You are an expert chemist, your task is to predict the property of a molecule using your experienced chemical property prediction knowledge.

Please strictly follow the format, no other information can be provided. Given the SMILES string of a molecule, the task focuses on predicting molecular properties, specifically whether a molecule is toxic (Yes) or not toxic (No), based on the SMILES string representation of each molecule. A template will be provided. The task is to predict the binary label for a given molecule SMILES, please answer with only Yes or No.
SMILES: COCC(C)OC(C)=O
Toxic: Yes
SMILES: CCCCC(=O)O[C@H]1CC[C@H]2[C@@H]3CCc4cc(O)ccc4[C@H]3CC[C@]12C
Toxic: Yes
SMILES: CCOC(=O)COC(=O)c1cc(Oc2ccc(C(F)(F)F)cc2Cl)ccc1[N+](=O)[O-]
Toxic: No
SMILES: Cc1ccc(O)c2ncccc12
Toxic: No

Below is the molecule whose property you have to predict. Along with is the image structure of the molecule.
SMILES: O=C1C2CC=CCC2C(=O)N1SC(Cl)(Cl)C(Cl)Cl
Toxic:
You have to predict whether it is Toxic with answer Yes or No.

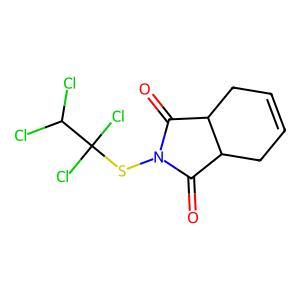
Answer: No